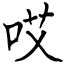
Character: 哎